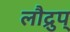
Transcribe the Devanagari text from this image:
लौद्रुप्